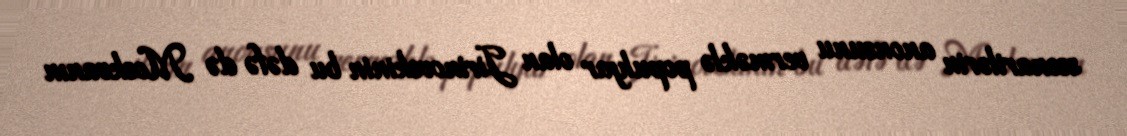
ssenarilərin anonsunu verməklə populyar olan Jirinovskinin bu dəfə də Moskvanın